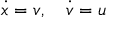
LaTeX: { \dot { x } } = v , \quad { \dot { v } } = u